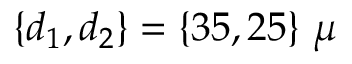
\{ d _ { 1 } , d _ { 2 } \} = \{ 3 5 , 2 5 \} \ \mu